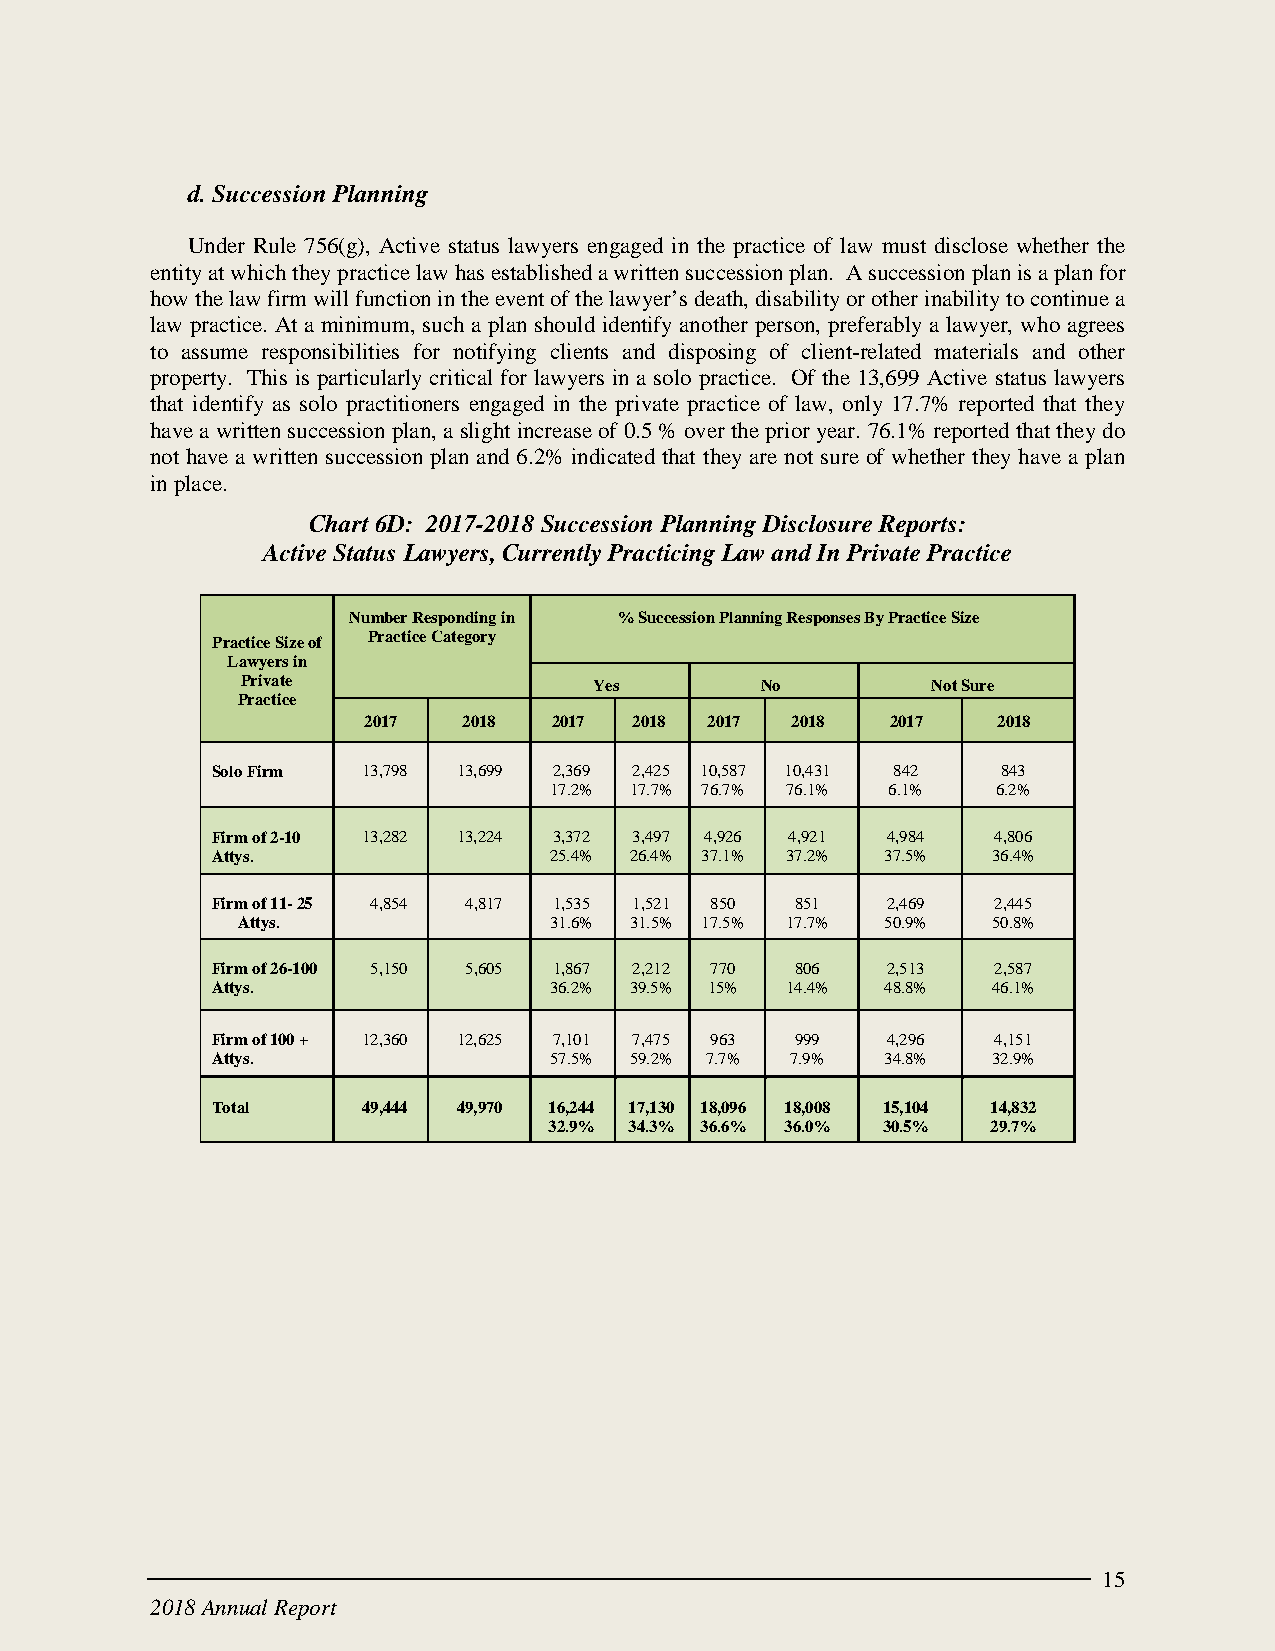
d. Succession Planning
 Under Rule 756(g), Active status lawyers engaged in the practice of law must disclose whether the
 entity at which they practice law has established a written succession plan. A succession plan is a plan for
 how the law firm will function in the event of the lawyer’s death, disability or other inability to continue a
 law practice. At a minimum, such a plan should identify another person, preferably a lawyer, who agrees
 to assume responsibilities for notifying clients and disposing of client-related materials and other
 property. This is particularly critical for lawyers in a solo practice. Of the 13,699 Active status lawyers
 that identify as solo practitioners engaged in the private practice of law, only 17.7% reported that they
 have a written succession plan, a slight increase of 0.5 % over the prior year. 76.1% reported that they do
 not have a written succession plan and 6.2% indicated that they are not sure of whether they have a plan
 in place.
 Chart 6D: 2017-2018 Succession Planning Disclosure Reports:
 Active Status Lawyers, Currently Practicing Law and In Private Practice
 Number Responding in % Succession Planning Responses By Practice Size
 Practice Size of Practice Category
 Lawyers in
 Private                Yes        No          Not Sure
 Practice
 2017   2018  2017 2018 2017 2018   2017   2018
 Solo Fir m 13,798 13,699 2,369 2,425 10,587 10,431 842 843
 17.2% 17.7% 76.7% 76.1% 6.1%  6.2%
 Firm of 2-10 13,282 13,224 3,372 3,497 4,926 4,921 4,984 4,806
 Attys.                25.4% 26.4% 37.1% 37.2% 37.5% 36.4%
 Firm of 11- 25 4,854 4,817 1,535 1,521 850 851 2,469 2,445
 Attys.              31.6% 31.5% 17.5% 17.7% 50.9% 50.8%
 Firm of 26-100 5,150 5,605 1,867 2,212 770 806 2,513 2,587
 Attys.                36.2% 39.5% 15% 14.4%  48.8%  46.1%
 Firm of 100 + 12,360 12,625 7,101 7,475 963 999 4,296 4,151
 Attys.                57.5% 59.2% 7.7% 7.9%  34.8%  32.9%
 Total     49,444 49,970 16,244 17,130 18,096 18,008 15,104 14,832
 32.9% 34.3% 36.6% 36.0% 30.5% 29.7%
 15
 2018 Annual Report